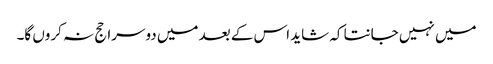
میں نہیں جانتا کہ شاید اس کے بعد میں دوسرا حج نہ کروں گا۔